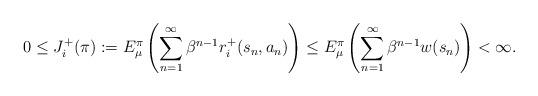
LaTeX: \begin{align*}0 \le J_i^+(\pi):= E_{\mu}^\pi\left(\sum_{n=1}^\infty \beta^{n-1}r_i^+(s_n,a_n)\right) \le E_{\mu}^\pi\left(\sum_{n=1}^\infty \beta^{n-1}w(s_n)\right)<\infty.\end{align*}